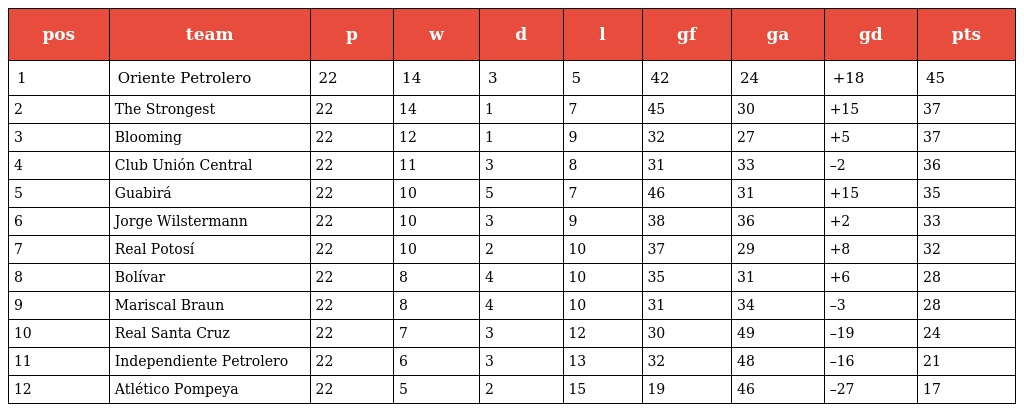
| pos | team | p | w | d | l | gf | ga | gd | pts |
 | --- | --- | --- | --- | --- | --- | --- | --- | --- | --- |
 | 1 | Oriente Petrolero | 22 | 14 | 3 | 5 | 42 | 24 | +18 | 45 |
 | 2 | The Strongest | 22 | 14 | 1 | 7 | 45 | 30 | +15 | 37 |
 | 3 | Blooming | 22 | 12 | 1 | 9 | 32 | 27 | +5 | 37 |
 | 4 | Club Unión Central | 22 | 11 | 3 | 8 | 31 | 33 | –2 | 36 |
 | 5 | Guabirá | 22 | 10 | 5 | 7 | 46 | 31 | +15 | 35 |
 | 6 | Jorge Wilstermann | 22 | 10 | 3 | 9 | 38 | 36 | +2 | 33 |
 | 7 | Real Potosí | 22 | 10 | 2 | 10 | 37 | 29 | +8 | 32 |
 | 8 | Bolívar | 22 | 8 | 4 | 10 | 35 | 31 | +6 | 28 |
 | 9 | Mariscal Braun | 22 | 8 | 4 | 10 | 31 | 34 | –3 | 28 |
 | 10 | Real Santa Cruz | 22 | 7 | 3 | 12 | 30 | 49 | –19 | 24 |
 | 11 | Independiente Petrolero | 22 | 6 | 3 | 13 | 32 | 48 | –16 | 21 |
 | 12 | Atlético Pompeya | 22 | 5 | 2 | 15 | 19 | 46 | –27 | 17 |